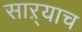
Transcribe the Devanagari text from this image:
साऱ्याच